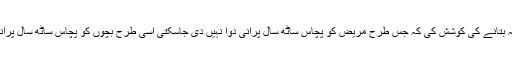
اس کے ذریعے انہوں نے یہ بتانے کی کوشش کی کہ جس طرح مریض کو پچاس ساٹھ سال پرانی دوا نہیں دی جاسکتی اسی طرح بچوں کو پچاس ساٹھ سال پرانا نصاب نہیں پڑھایا جاسکتا۔